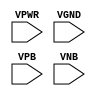
module sky130_fd_sc_ls__tap (
    VPWR,
    VGND,
    VPB ,
    VNB
);

    // Module ports
    input VPWR;
    input VGND;
    input VPB ;
    input VNB ;
     // No contents.
endmodule